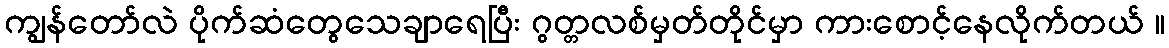
ကျွန်တော်လဲ ပိုက်ဆံတွေသေချာရေပြီး ဂွတ္တလစ်မှတ်တိုင်မှာ ကားစောင့်နေလိုက်တယ် ။